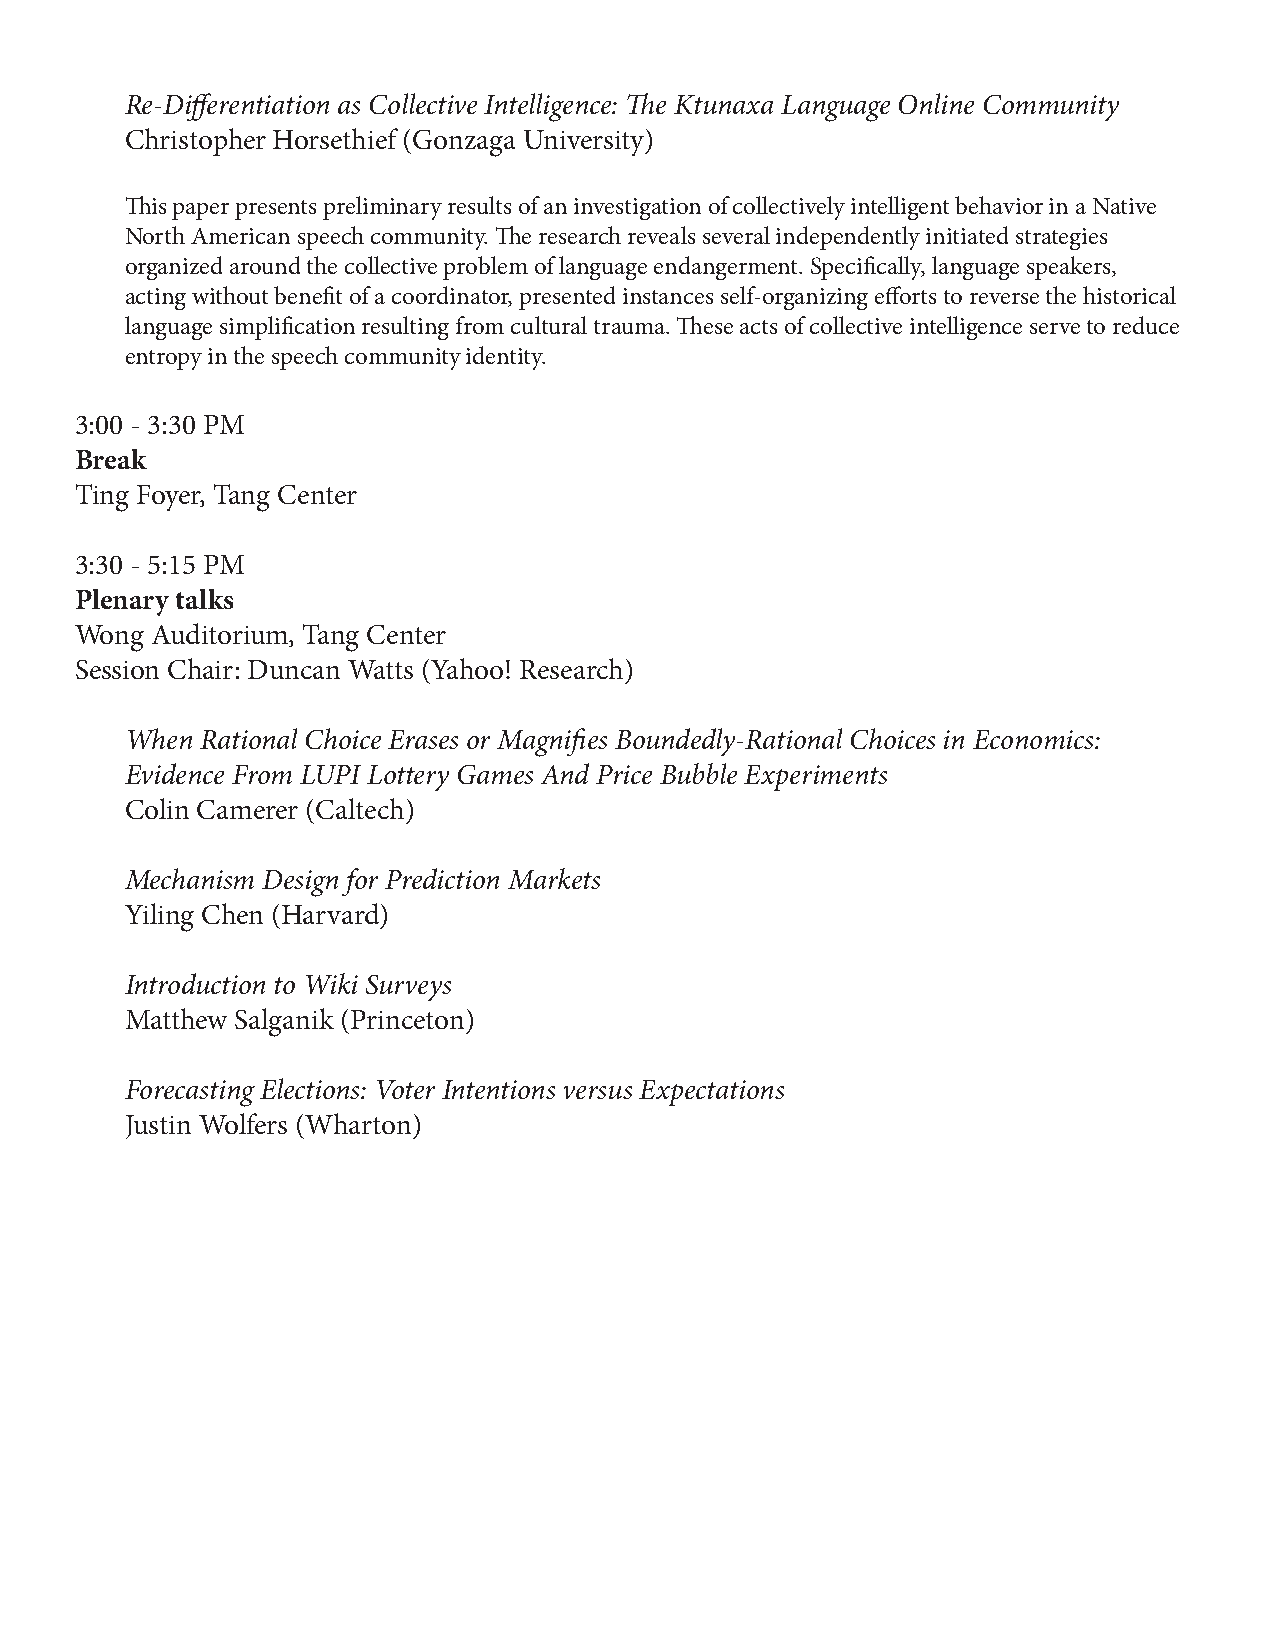
Re-Differentiation as Collective Intelligence: The Ktunaxa Language Online Community
 Christopher Horsethief (Gonzaga University)
 This paper presents preliminary results of an investigation of collectively intelligent behavior in a Native
 North American speech community. The research reveals several independently initiated strategies
 organized around the collective problem of language endangerment. Specifically, language speakers,
 acting without benefit of a coordinator, presented instances self-organizing efforts to reverse the historical
 language simplification resulting from cultural trauma. These acts of collective intelligence serve to reduce
 entropy in the speech community identity.
 3:00 - 3:30 PM
 Break
 Ting Foyer, Tang Center
 3:30 - 5:15 PM
 Plenary talks
 Wong Auditorium, Tang Center
 Session Chair: Duncan Watts (Yahoo! Research)
 When Rational Choice Erases or Magnifies Boundedly-Rational Choices in Economics:
 Evidence From LUPI Lottery Games And Price Bubble Experiments
 Colin Camerer (Caltech)
 Mechanism Design for Prediction Markets
 Yiling Chen (Harvard)
 Introduction to Wiki Surveys
 Matthew Salganik (Princeton)
 Forecasting Elections: Voter Intentions versus Expectations
 Justin Wolfers (Wharton)